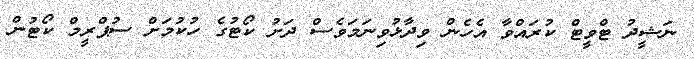
ނަޝީދު ޓްވީޓް ކުރައްވާ އެހެން ވިދާޅުވިނަމަވެސް ދަށު ކޯޓުގެ ހުކުމަށް ސުޕްރީމް ކޯޓުން